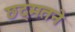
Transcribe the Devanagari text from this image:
छद्मतने